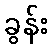
ခွန်း